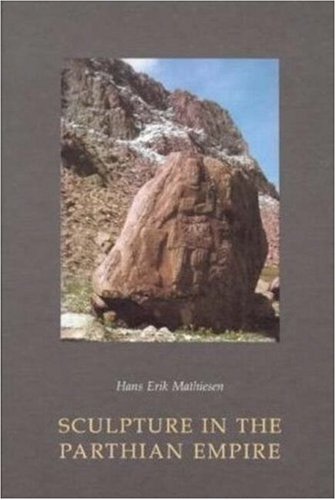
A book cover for Sculpture in the Parthian Empire; Hans Eric Mathiesen; Arts & Photography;